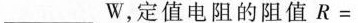
___W，定值电阻的阻值$$R =